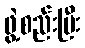
ဖွဲ့စည်းပြီး